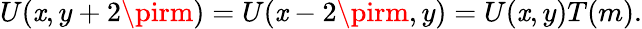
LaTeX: U(\mathit{x},y+2\pirm)=U(\mathit{x}-2\pirm,y)=U(\mathit{x},y)T(m).